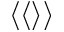
\langle \langle \rangle \rangle